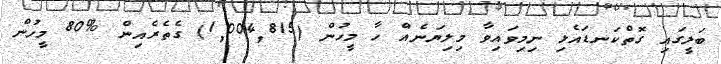
ބަލީގައި ގޮތްކަނޑައެޅި ނިމިވައިވާ މިލިޔަނެއް ހާ މީހުން (1